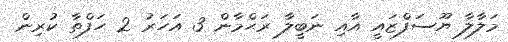
މަލާލާ ޔޫސަފްޒައީ އާއި ނަބީލާ ރަޙްމާން 3 އަހަރު 2 ހަފްތާ ކުރިން